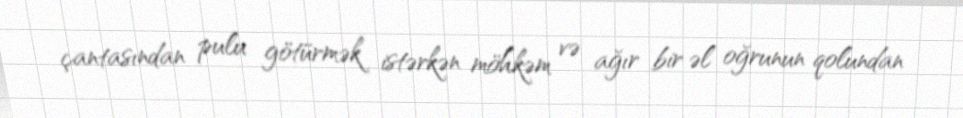
çantasından pulu götürmək istərkən möhkəm və ağır bir əl oğrunun qolundan